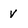
Character: V